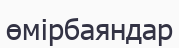
өмірбаяндар